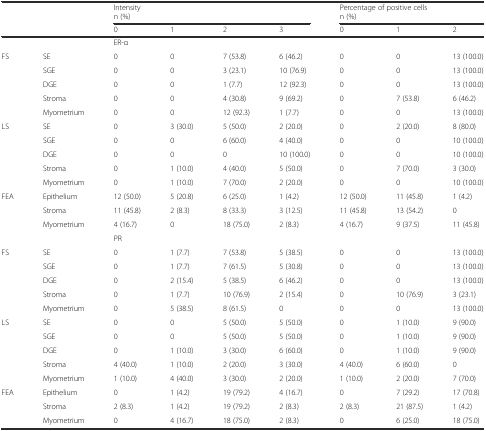
<table><thead><tr><td rowspan="3" colspan="2"></td><td colspan="4"><b>Intensity</b></td><td colspan="3"><b>Percentage of positive cells</b></td></tr><tr><td colspan="4"><b>n (%)</b></td><td colspan="3"><b>n (%)</b></td></tr><tr><td><b>0</b></td><td><b>1</b></td><td><b>2</b></td><td><b>3</b></td><td><b>0</b></td><td><b>1</b></td><td><b>2</b></td></tr></thead><tbody><tr><td colspan="2"></td><td colspan="7">ER-α</td></tr><tr><td rowspan="5">FS</td><td>SE</td><td>0</td><td>0</td><td>7 (53.8)</td><td>6 (46.2)</td><td>0</td><td>0</td><td>13 (100.0)</td></tr><tr><td>SGE</td><td>0</td><td>0</td><td>3 (23.1)</td><td>10 (76.9)</td><td>0</td><td>0</td><td>13 (100.0)</td></tr><tr><td>DGE</td><td>0</td><td>0</td><td>1 (7.7)</td><td>12 (92.3)</td><td>0</td><td>0</td><td>13 (100.0)</td></tr><tr><td>Stroma</td><td>0</td><td>0</td><td>4 (30.8)</td><td>9 (69.2)</td><td>0</td><td>7 (53.8)</td><td>6 (46.2)</td></tr><tr><td>Myometrium</td><td>0</td><td>0</td><td>12 (92.3)</td><td>1 (7.7)</td><td>0</td><td>0</td><td>13 (100.0)</td></tr><tr><td rowspan="5">LS</td><td>SE</td><td>0</td><td>3 (30.0)</td><td>5 (50.0)</td><td>2 (20.0)</td><td>0</td><td>2 (20.0)</td><td>8 (80.0)</td></tr><tr><td>SGE</td><td>0</td><td>0</td><td>6 (60.0)</td><td>4 (40.0)</td><td>0</td><td>0</td><td>10 (100.0)</td></tr><tr><td>DGE</td><td>0</td><td>0</td><td>0</td><td>10 (100.0)</td><td>0</td><td>0</td><td>10 (100.0)</td></tr><tr><td>Stroma</td><td>0</td><td>1 (10.0)</td><td>4 (40.0)</td><td>5 (50.0)</td><td>0</td><td>7 (70.0)</td><td>3 (30.0)</td></tr><tr><td>Myometrium</td><td>0</td><td>1 (10.0)</td><td>7 (70.0)</td><td>2 (20.0)</td><td>0</td><td>0</td><td>10 (100.0)</td></tr><tr><td rowspan="3">FEA</td><td>Epithelium</td><td>12 (50.0)</td><td>5 (20.8)</td><td>6 (25.0)</td><td>1 (4.2)</td><td>12 (50.0)</td><td>11 (45.8)</td><td>1 (4.2)</td></tr><tr><td>Stroma</td><td>11 (45.8)</td><td>2 (8.3)</td><td>8 (33.3)</td><td>3 (12.5)</td><td>11 (45.8)</td><td>13 (54.2)</td><td>0</td></tr><tr><td>Myometrium</td><td>4 (16.7)</td><td>0</td><td>18 (75.0)</td><td>2 (8.3)</td><td>4 (16.7)</td><td>9 (37.5)</td><td>11 (45.8)</td></tr><tr><td colspan="2"></td><td colspan="7">PR</td></tr><tr><td rowspan="5">FS</td><td>SE</td><td>0</td><td>1 (7.7)</td><td>7 (53.8)</td><td>5 (38.5)</td><td>0</td><td>0</td><td>13 (100.0)</td></tr><tr><td>SGE</td><td>0</td><td>1 (7.7)</td><td>7 (61.5)</td><td>5 (30.8)</td><td>0</td><td>0</td><td>13 (100.0)</td></tr><tr><td>DGE</td><td>0</td><td>2 (15.4)</td><td>5 (38.5)</td><td>6 (46.2)</td><td>0</td><td>0</td><td>13 (100.0)</td></tr><tr><td>Stroma</td><td>0</td><td>1 (7.7)</td><td>10 (76.9)</td><td>2 (15.4)</td><td>0</td><td>10 (76.9)</td><td>3 (23.1)</td></tr><tr><td>Myometrium</td><td>0</td><td>5 (38.5)</td><td>8 (61.5)</td><td>0</td><td>0</td><td>0</td><td>13 (100.0)</td></tr><tr><td rowspan="5">LS</td><td>SE</td><td>0</td><td>0</td><td>5 (50.0)</td><td>5 (50.0)</td><td>0</td><td>1 (10.0)</td><td>9 (90.0)</td></tr><tr><td>SGE</td><td>0</td><td>0</td><td>5 (50.0)</td><td>5 (50.0)</td><td>0</td><td>1 (10.0)</td><td>9 (90.0)</td></tr><tr><td>DGE</td><td>0</td><td>1 (10.0)</td><td>3 (30.0)</td><td>6 (60.0)</td><td>0</td><td>1 (10.0)</td><td>9 (90.0)</td></tr><tr><td>Stroma</td><td>4 (40.0)</td><td>1 (10.0)</td><td>2 (20.0)</td><td>3 (30.0)</td><td>4 (40.0)</td><td>6 (60.0)</td><td>0</td></tr><tr><td>Myometrium</td><td>1 (10.0)</td><td>4 (40.0)</td><td>3 (30.0)</td><td>2 (20.0)</td><td>1 (10.0)</td><td>2 (20.0)</td><td>7 (70.0)</td></tr><tr><td rowspan="3">FEA</td><td>Epithelium</td><td>0</td><td>1 (4.2)</td><td>19 (79.2)</td><td>4 (16.7)</td><td>0</td><td>7 (29.2)</td><td>17 (70.8)</td></tr><tr><td>Stroma</td><td>2 (8.3)</td><td>1 (4.2)</td><td>19 (79.2)</td><td>2 (8.3)</td><td>2 (8.3)</td><td>21 (87.5)</td><td>1 (4.2)</td></tr><tr><td>Myometrium</td><td>0</td><td>4 (16.7)</td><td>18 (75.0)</td><td>2 (8.3)</td><td>0</td><td>6 (25.0)</td><td>18 (75.0)</td></tr></tbody></table>